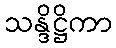
သန္ဒိဋ္ဌိကာ